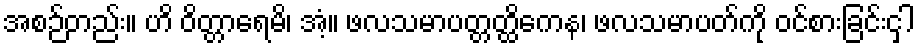
အစဉ်တည်း။ ဟိ ဝိတ္တာရေမိ၊ အံ့။ ဖလသမာပတ္တတ္ထိကေန၊ ဖလသမာပတ်ကို ဝင်စားခြင်းငှါ